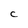
Character: C